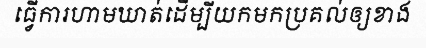
ធ្វើការហាមឃាត់ដើម្បីយកមកប្រគល់ឲ្យខាង